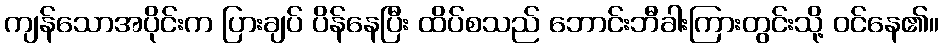
ကျန်သောအပိုင်းက ပြားချပ် ပိန်နေပြီး ထိပ်စသည် ဘောင်းဘီခါးကြားတွင်းသို့ ဝင်နေ၏။